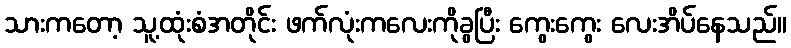
သားကတော့ သူ့ထုံးစံအတိုင်း ဖက်လုံးကလေးကိုခွပြီး ကွေးကွေး လေးအိပ်နေသည်။